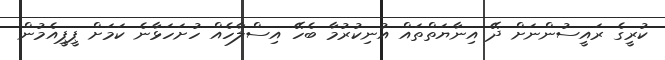
ކުރީގެ ރައީސުންނަށް ދޭ އިނާޔަތްތައް އުނިކުރުމާ ބެހޭ އިސްލާހެއް ހުށަހަޅާނެ ކަމަށް ޕީޕީއެމުން